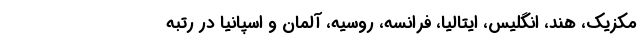
مکزیک، هند، انگلیس، ایتالیا، فرانسه، روسیه، آلمان و اسپانیا در رتبه